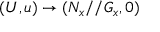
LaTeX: ( U , u ) \to ( N _ { x } / / G _ { x } , 0 )